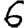
Digit: 6